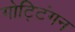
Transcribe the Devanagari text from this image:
गोट्टिंगन